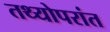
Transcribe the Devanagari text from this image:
तथ्योपरांत